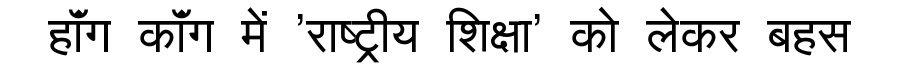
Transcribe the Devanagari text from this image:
हॉंग कॉंग में 'राष्ट्रीय शिक्षा' को लेकर बहस